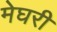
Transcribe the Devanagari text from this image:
मेघरी